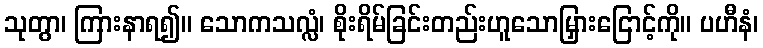
သုတွာ၊ ကြားနာရ၍။ သောကသလ္လံ၊ စိုးရိမ်ခြင်းတည်းဟူသောမြှားငြောင့်ကို။ ပဟီနံ၊